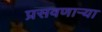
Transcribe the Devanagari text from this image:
प्रसवणार्‍या